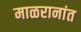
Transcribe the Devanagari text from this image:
माळरानांत